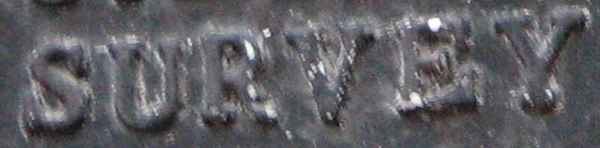
SURVEY